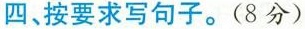
四、按要求写句子。(8分)